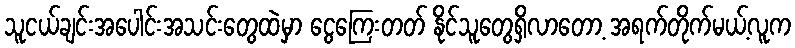
သူငယ်ချင်းအပေါင်းအသင်းတွေထဲမှာ ငွေကြေးတတ် နိုင်သူတွေရှိလာတော့ အရက်တိုက်မယ့်လူက